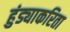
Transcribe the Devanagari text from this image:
हुंड्याकरिता